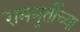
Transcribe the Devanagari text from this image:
राममुर्तीच्या